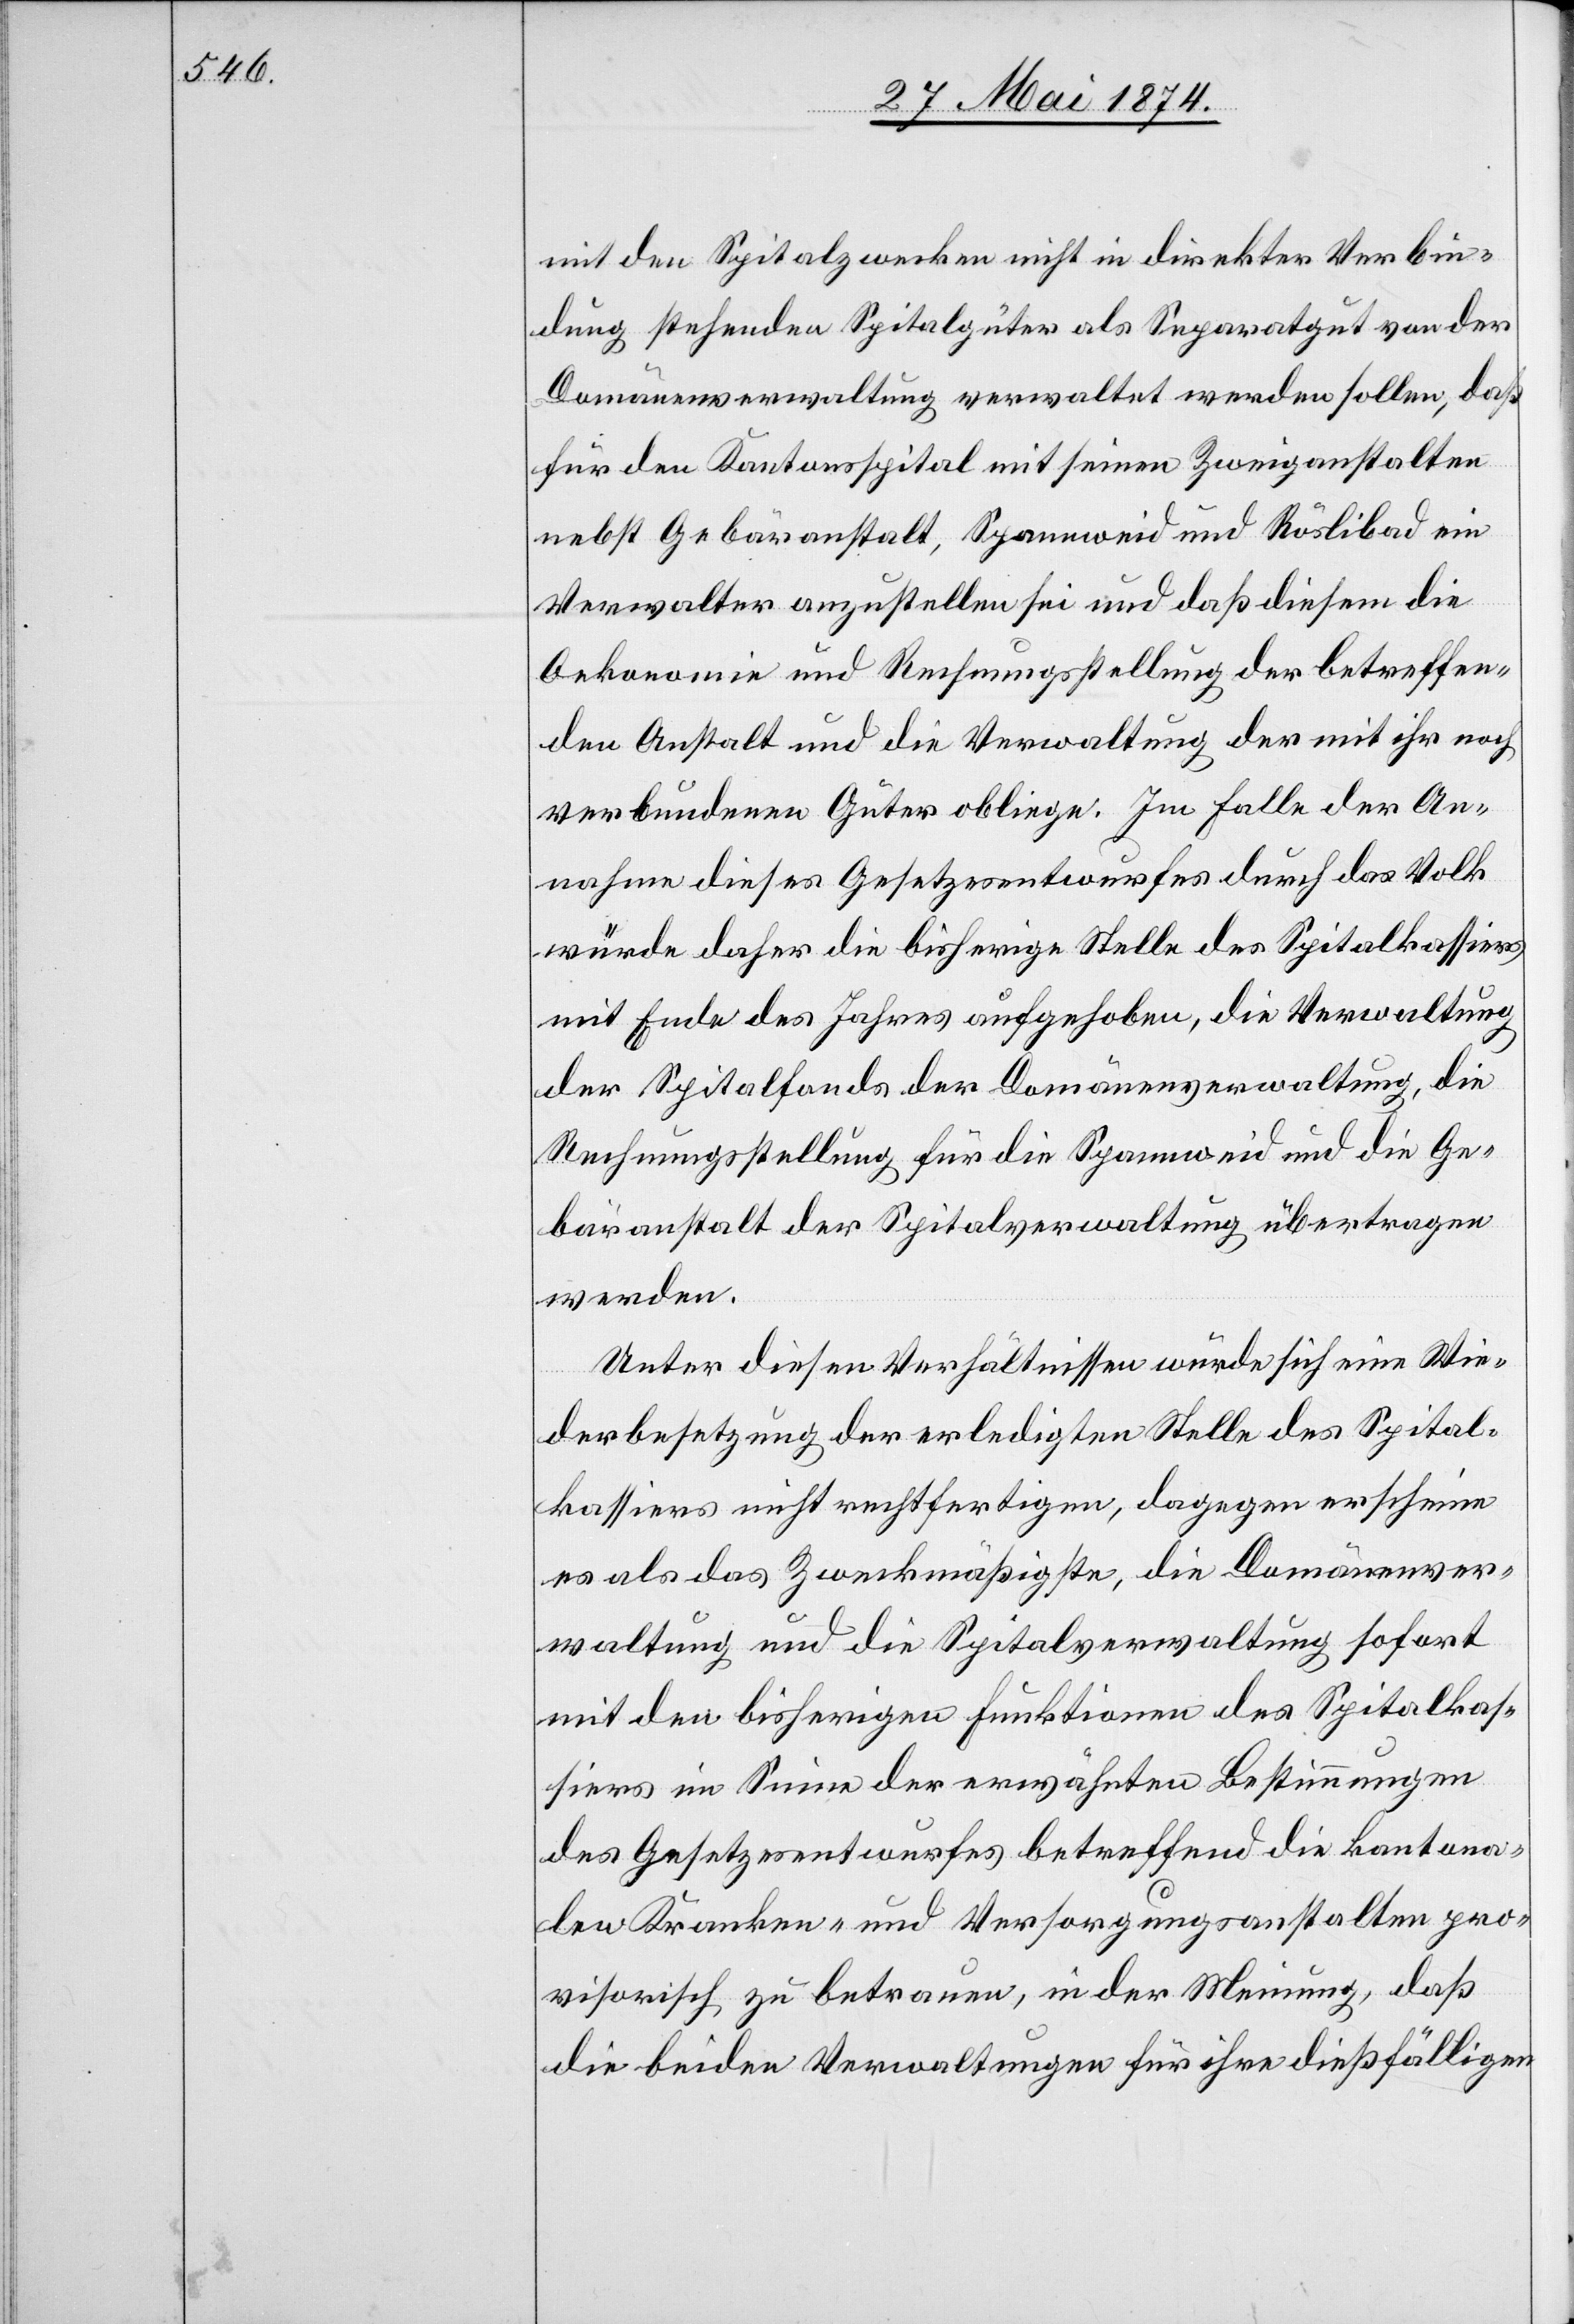
mit den Spitalzwecken nicht in direkter Verbin¬
dung stehenden Spitalgüter als Separatgut von der
Domänenverwaltung verwaltet werden sollen, daß
für den Kantonsspital mit seinen Zweiganstalten
nebst Gebäranstalt, Spannweid und Röslibad ein
Verwalter anzustellen sei und daß diesem die
Oekonomie und Rechnungsstellung der betreffen¬
den Anstalt und die Verwaltung der mit ihr noch
verbundenen Güter obliege. Im Falle der An¬
nahme dieses Gesetzesentwurfes durch das Volk
würde daher die bisherige Stelle des Spitalkassiers
mit Ende des Jahres aufgehoben, die Verwaltung
der Spitalfonds der Domänenverwaltung, die
Rechnungsstellung für die Spannweid und die Ge¬
bäranstalt der Spitalverwaltung übertragen
werden.
Unter diesen Verhältnissen würde sich eine Wie¬
derbesetzung der erledigten Stelle des Spital¬
kassiers nicht rechtfertigen, dagegen erscheine
es als das Zweckmäßigste, die Domänenver¬
waltung und die Spitalverwaltung sofort
mit den bisherigen Funktionen des Spitalkas¬
siers im Sinne der erwähnten Bestimmungen
des Gesetzesentwurfes betreffend die kantona¬
len Kranken- und Versorgungsanstalten pro¬
visorisch zu betrauen, in der Meinung, daß
die beiden Verwaltungen für ihre dießfälligen